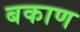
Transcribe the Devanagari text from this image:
बकाण